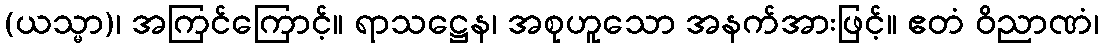
(ယသ္မာ)၊ အကြင်ကြောင့်။ ရာသဋ္ဌေန၊ အစုဟူသော အနက်အားဖြင့်။ ဧတံ ဝိညာဏံ၊